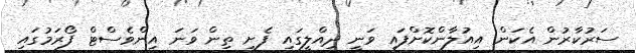
ސަރުކާރުން އެކަން އިއުލާންކޮށްފައި ވަނީ ދިއްލީގައި ފެށި ތިން ވަނަ އިންވެސްޓް ފޯރަމުގައި